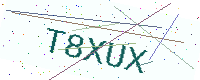
Text: T8XUX